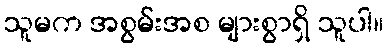
သူမက အစွမ်းအစ များစွာရှိ သူပါ။